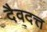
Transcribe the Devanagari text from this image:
दैवदत्त